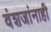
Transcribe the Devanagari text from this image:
वंशजांनाही